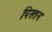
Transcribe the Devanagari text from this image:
पिस्तन